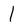
Character: 1